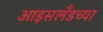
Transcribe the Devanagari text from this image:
आइसलँडच्या